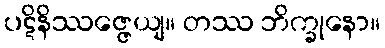
ပဋိနိဿဇ္ဇေယျ။ တဿ ဘိက္ခုနော။